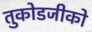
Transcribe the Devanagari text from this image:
तुकोडजीको